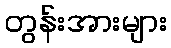
တွန်းအားများ